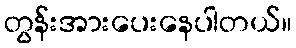
တွန်းအားပေးနေပါတယ်။